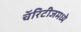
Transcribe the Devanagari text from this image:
चॅरिटीजमध्ये